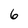
Character: 6